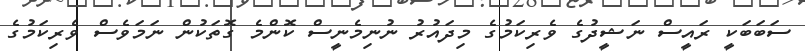
ސަބަބަކީ ރައީސް ނަޝީދުގެ ވެރިކަމުގެ މިދައުރު ނުނިމެނީސް ކޮންމެ ގޮތަކުން ނަމަވެސް ވެރިކަމުގެ